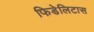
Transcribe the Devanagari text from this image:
फिडेलिटास